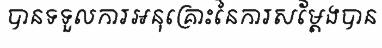
បានទទួលការអនុគ្រោះនៃការសម្តែងបាន